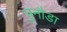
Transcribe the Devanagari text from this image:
पुनौडा